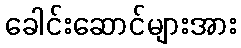
ခေါင်းဆောင်များအား